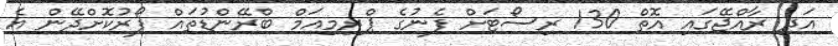
އަދި ރާއްޖޭގައި އޮތް 130 ރިސޯޓަށް ފެނުގެ ޕްރިމިއަމް ބްރޭންޑުތައް ފޯރުކޮށްދޭން އެ